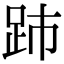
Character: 䟛